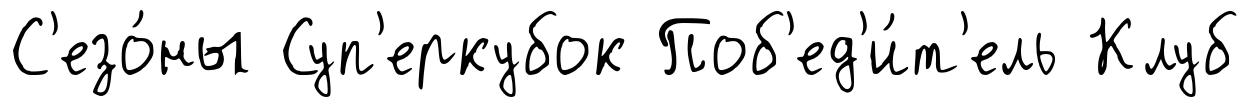
С'езо́ны Суп'еркубок Поб'ед'и́т'ель Клуб